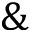
\And